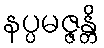
နပ္ပမဇ္ဇန္တိ